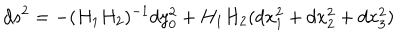
d s ^ { 2 } = - ( H _ { 1 } H _ { 2 } ) ^ { - 1 } d y _ { 0 } ^ { 2 } + H _ { 1 } H _ { 2 } ( d x _ { 1 } ^ { 2 } + d x _ { 2 } ^ { 2 } + d x _ { 3 } ^ { 2 } )